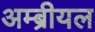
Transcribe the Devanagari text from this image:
अम्ब्रीयल